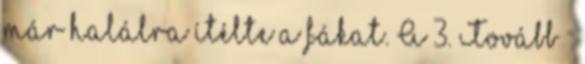
már halálra ítélte a fákat. A 3. Tovább ›